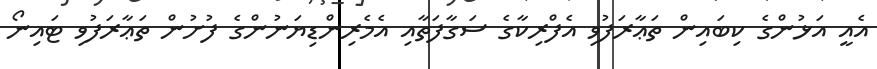
އެއީ އަޅުންގެ ކިބައިން ތަޢާރަފުވި އެފްރިކާގެ ސަގާފަތާއި އެމެރިންޑިޔަނުންގެ ފުށުން ތަޢާރަފުވި ޓައިނޯ